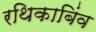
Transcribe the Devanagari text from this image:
रथिकाबिंव